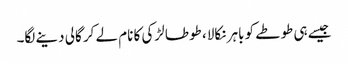
جیسے ہی طوطے کو باہر نکالا، طوطا لڑکی کا نام لے کر گالی دینے لگا۔